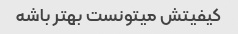
کیفیتش میتونست بهتر باشه